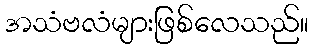
အသံဗလံများဖြစ်လေသည်။